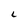
Character: 6